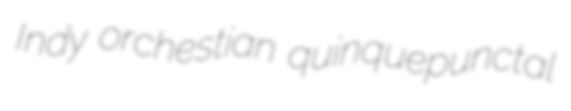
Indy orchestian quinquepunctal